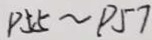
P 5 5 \sim P 5 7